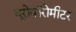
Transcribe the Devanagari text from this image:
यूरोवॉरोमीटर